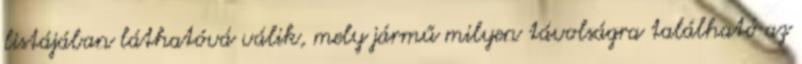
listájában láthatóvá válik, mely jármű milyen távolságra található az